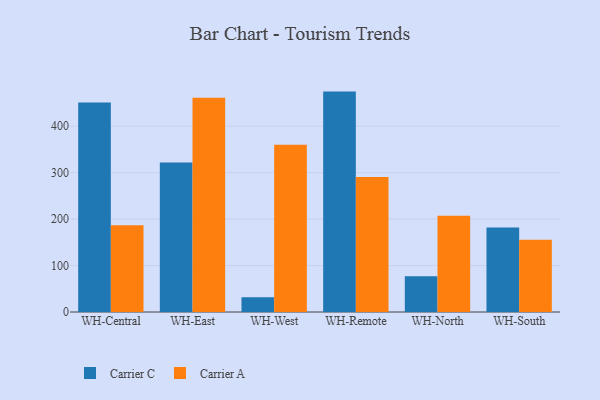
{"axis": {"x": "Warehouse", "y": "Shipments"}, "legend": ["Carrier A", "Carrier C"], "data": [{"x": "WH-Central", "y": 451.0, "type": "Carrier C"}, {"x": "WH-Central", "y": 186.7, "type": "Carrier A"}, {"x": "WH-East", "y": 322.1, "type": "Carrier C"}, {"x": "WH-East", "y": 461.1, "type": "Carrier A"}, {"x": "WH-West", "y": 31.9, "type": "Carrier C"}, {"x": "WH-West", "y": 360.0, "type": "Carrier A"}, {"x": "WH-Remote", "y": 474.5, "type": "Carrier C"}, {"x": "WH-Remote", "y": 290.7, "type": "Carrier A"}, {"x": "WH-North", "y": 76.9, "type": "Carrier C"}, {"x": "WH-North", "y": 207.2, "type": "Carrier A"}, {"x": "WH-South", "y": 181.8, "type": "Carrier C"}, {"x": "WH-South", "y": 155.5, "type": "Carrier A"}]}